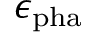
\epsilon _ { \mathrm { p h a } }